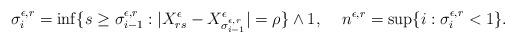
LaTeX: \begin{align*}&\sigma_i^{\epsilon,r}=\inf\{s\geq \sigma_{i-1}^{\epsilon,r}:|X_{rs}^\epsilon-X^\epsilon_{\sigma_{i-1}^{\epsilon,r}}|=\rho\}\wedge 1,&n^{\epsilon,r}=\sup\{i:\sigma_i^{\epsilon,r}<1\}.\end{align*}